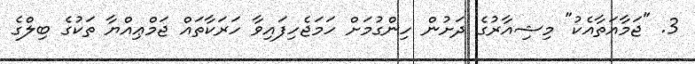
3. "ޖަމާއަތާއެކު" މިޝިއާރުގެ ދަށުން ހިންގުމަށް ހަމަޖެހިފައިވާ ހަރަކާތައް ޖަމްޢިއްޔާ ތަކުގެ ބިލްގެ